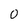
Character: 0